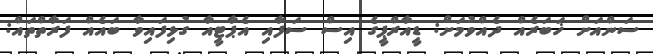
ސަންއަށް ޚަބަރެއް ދެއްވުމަށް: ޑީއާރްޕީގެ އިސް ސަފާއި އެޕާޓީއާ ގުޅިފައިވާ ބައެއް ފަރާތްތައް: